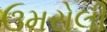
ઉમરોલી